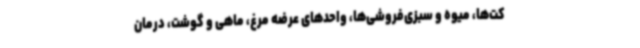
کت‌ها، میوه و سبزی‌فروشی‌ها، واحدهای عرضه مرغ، ماهی و گوشت، درمان